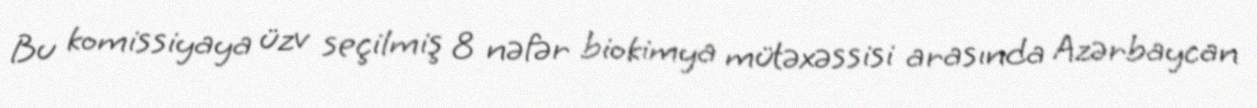
Bu komissiyaya üzv seçilmiş 8 nəfər biokimya mütəxəssisi arasında Azərbaycan